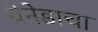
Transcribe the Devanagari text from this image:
ग्रेनेडाचा